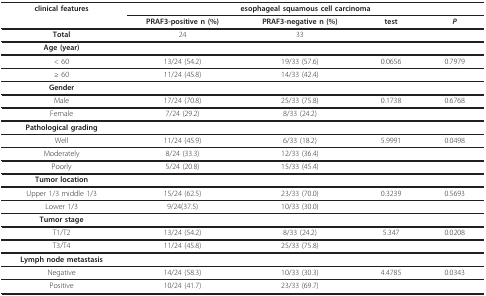
<table><thead><tr><td><b>clinical features</b></td><td colspan="4"><b>esophageal squamous cell carcinoma</b></td></tr><tr><td></td><td><b>PRAF3-positive n (%)</b></td><td><b>PRAF3-negative n (%)</b></td><td><b>test</b></td><td><b><i>P</i></b></td></tr></thead><tbody><tr><td><b>Total</b></td><td>24</td><td>33</td><td></td><td></td></tr><tr><td><b>Age (year)</b></td><td></td><td></td><td></td><td></td></tr><tr><td>&lt; 60</td><td>13/24 (54.2)</td><td>19/33 (57.6)</td><td>0.0656</td><td>0.7979</td></tr><tr><td>≥ 60</td><td>11/24 (45.8)</td><td>14/33 (42.4)</td><td></td><td></td></tr><tr><td><b>Gender</b></td><td></td><td></td><td></td><td></td></tr><tr><td>Male</td><td>17/24 (70.8)</td><td>25/33 (75.8)</td><td>0.1738</td><td>0.6768</td></tr><tr><td>Female</td><td>7/24 (29.2)</td><td>8/33 (24.2)</td><td></td><td></td></tr><tr><td><b>Pathological grading</b></td><td></td><td></td><td></td><td></td></tr><tr><td>Well</td><td>11/24 (45.9)</td><td>6/33 (18.2)</td><td>5.9991</td><td>0.0498</td></tr><tr><td>Moderately</td><td>8/24 (33.3)</td><td>12/33 (36.4)</td><td></td><td></td></tr><tr><td>Poorly</td><td>5/24 (20.8)</td><td>15/33 (45.4)</td><td></td><td></td></tr><tr><td><b>Tumor location</b></td><td></td><td></td><td></td><td></td></tr><tr><td>Upper 1/3 middle 1/3</td><td>15/24 (62.5)</td><td>23/33 (70.0)</td><td>0.3239</td><td>0.5693</td></tr><tr><td>Lower 1/3</td><td>9/24(37.5)</td><td>10/33 (30.0)</td><td></td><td></td></tr><tr><td><b>Tumor stage</b></td><td></td><td></td><td></td><td></td></tr><tr><td>T1/T2</td><td>13/24 (54.2)</td><td>8/33 (24.2)</td><td>5.347</td><td>0.0208</td></tr><tr><td>T3/T4</td><td>11/24 (45.8)</td><td>25/33 (75.8)</td><td></td><td></td></tr><tr><td><b>Lymph node metastasis</b></td><td></td><td></td><td></td><td></td></tr><tr><td>Negative</td><td>14/24 (58.3)</td><td>10/33 (30.3)</td><td>4.4785</td><td>0.0343</td></tr><tr><td>Positive</td><td>10/24 (41.7)</td><td>23/33 (69.7)</td><td></td><td></td></tr></tbody></table>